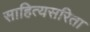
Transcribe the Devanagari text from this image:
साहित्यसरिता